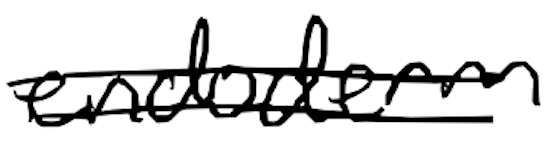
Text: endoderm
Cross-out: double-line
Writing tool: digital_black